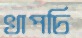
খাপচি